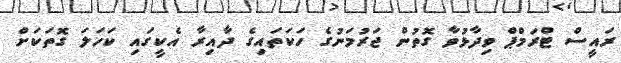
ރައީސް ޓްރަމްޕް ވިދާޅުވާ ގޮތުން ޖަރުމަނުގެ ހަކަތައިގެ ދާއިރާ އެކީގައި ކަހަލަ ގޮތަކަށް